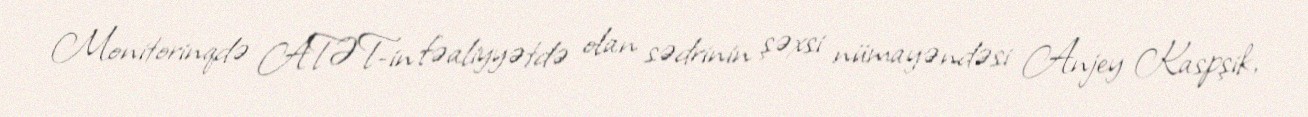
Monitorinqdə ATƏT-in fəaliyyətdə olan sədrinin şəxsi nümayəndəsi Anjey Kaspşik,